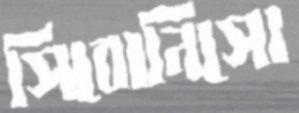
সিবোনিসো